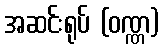
အဆင်းရုပ် (ဝဏ္ဏ)